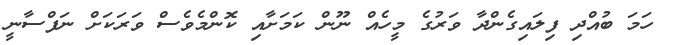
ހަމަ ބުއްދި ފިލައިގެންދާ ވަރުގެ މީހެއް ނޫން ކަމަށާއި ކޮންމެވެސް ވަރަކަށް ނަފްސާނީ